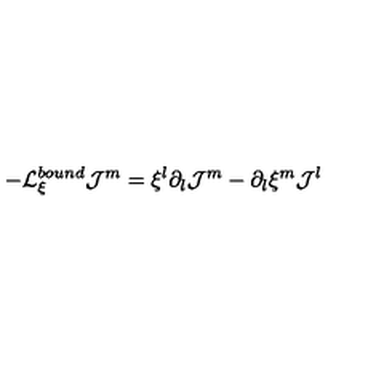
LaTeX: - { \cal L } _ { \xi } ^ { b o u n d } { \cal J } ^ { m } = \xi ^ { l } \partial _ { l } { \cal J } ^ { m } - \partial _ { l } \xi ^ { m } { \cal J } ^ { l }